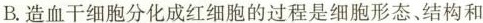
B.造血干细胞分化成红细胞的过程是细胞形态结构和